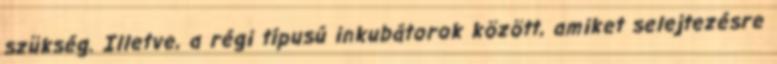
szükség. Illetve, a régi típusú inkubátorok között, amiket selejtezésre